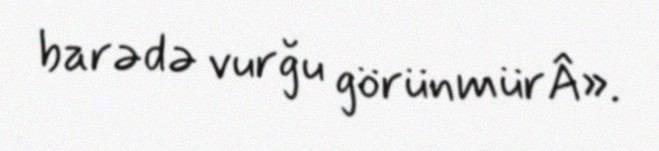
barədə vurğu görünmürÂ».